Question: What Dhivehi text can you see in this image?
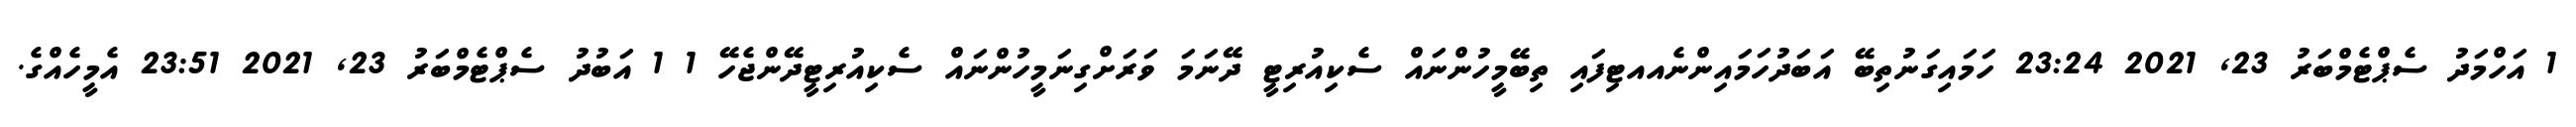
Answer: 1 އަހްމަދު ސެޕްޓެމްބަރު 23, 2021 23:24 ހަމައިގަނުތިބޭ އަބަދުހަމައިންނެއއޓިފައި ތިބޭމީހުންނައް ސެކިއުރިޓީ ދޭނަމަ ވަރަށްގިނަމީހުންނައް ސެކިއުރިޓީދޭންޖެހޭ 1 1 އަބުދު ސެޕްޓެމްބަރު 23, 2021 23:51 އެމީހެއްގެ.